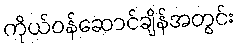
ကိုယ်ဝန်ဆောင်ချိန်အတွင်း